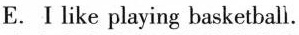
E. I like playing basketball.